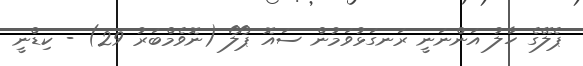
ޕެލޭގެ ހާލު އަންނަނީ ރަނގަޅުވަމުން ސައޮ ޕޯލޯ (ނޮވެމްބަރު 29) - ކިޑްނީ